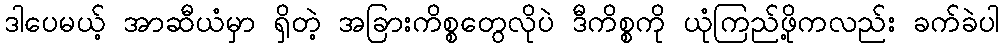
ဒါပေမယ့် အာဆီယံမှာ ရှိတဲ့ အခြားကိစ္စတွေလိုပဲ ဒီကိစ္စကို ယုံကြည်ဖို့ကလည်း ခက်ခဲပါ